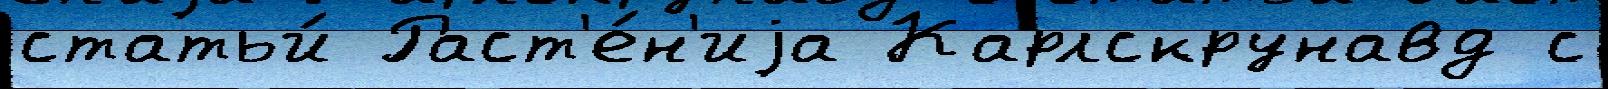
статьи́ Раст'е́н'иjа Карлскрунавд с